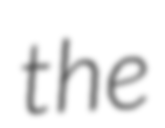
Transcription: the